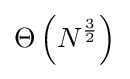
\Theta \left(N^{\frac {3}{2}}\right)